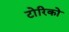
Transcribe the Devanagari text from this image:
टोरिको